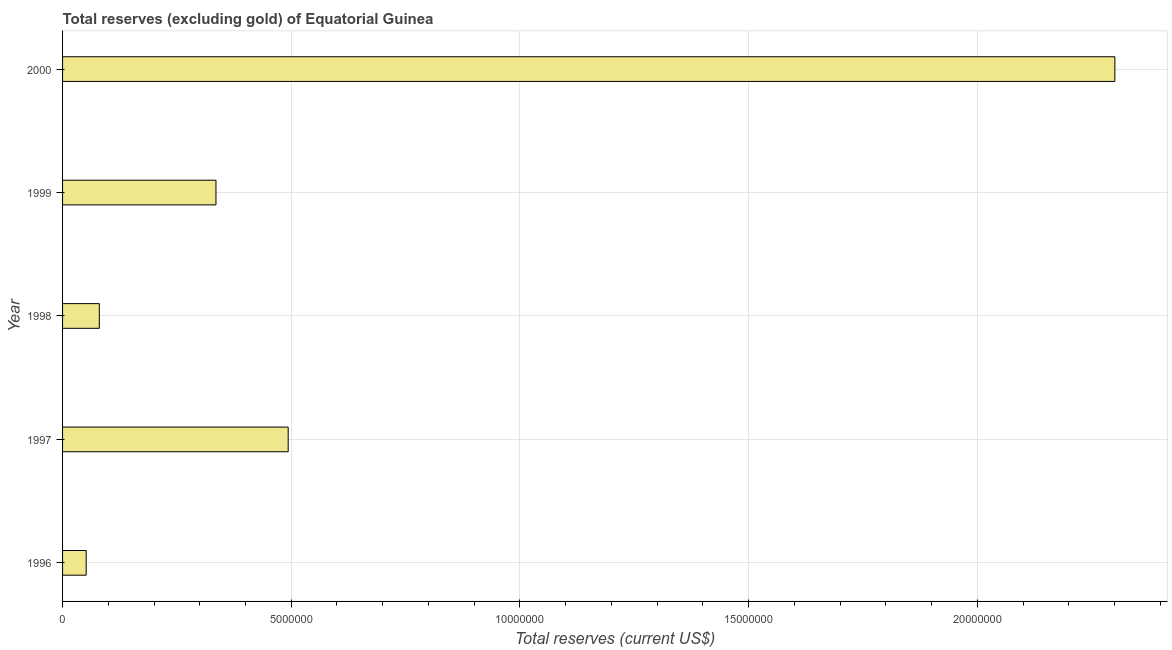
| Year | Total reserves minus gold (current US$) |
 | --- | --- |
 | 1996 | 5.16e+05 |
 | 1997 | 4.93e+06 |
 | 1998 | 8.03e+05 |
 | 1999 | 3.35e+06 |
 | 2000 | 2.3e+07 |